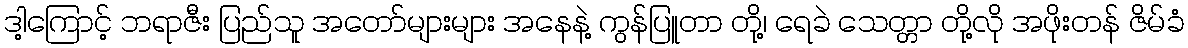
ဒါ့ကြောင့် ဘရာဇီး ပြည်သူ အတော်များများ အနေနဲ့ ကွန်ပြူတာ တို့၊ ရေခဲ သေတ္တာ တို့လို အဖိုးတန် ဇိမ်ခံ